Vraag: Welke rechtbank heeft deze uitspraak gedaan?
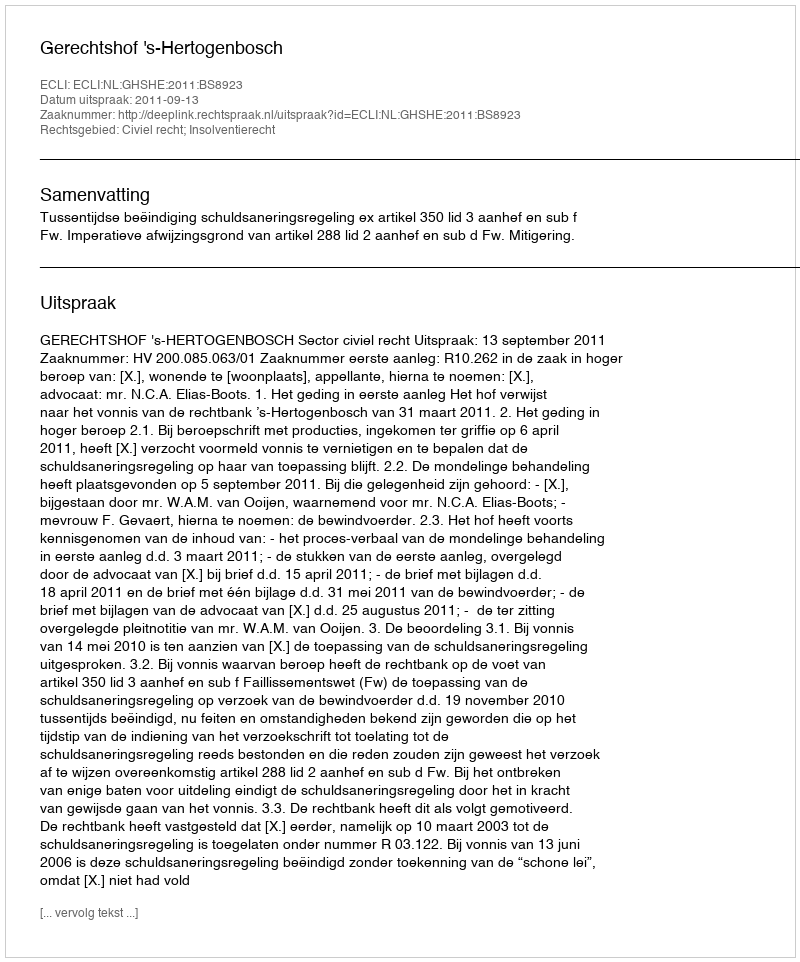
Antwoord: Gerechtshof 's-Hertogenbosch